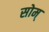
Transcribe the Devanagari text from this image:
सोम्